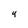
Character: 4